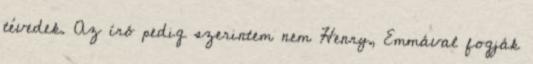
tévedek. Az író pedig szerintem nem Henry, Emmával fogják